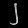
Digit: ၂